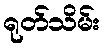
ရုတ်သိမ်း